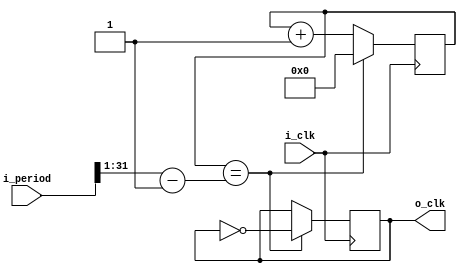
module frequency_convert(
	i_clk,
	i_period,
	o_clk,
);
input i_clk;
input [31:0] i_period;
output o_clk;

reg o_clk;
reg [31:0] count;
//
//always @ (posedge i_clk) begin
//	count <= count + 1;
//	if (count == ((i_period >> 1) - 1)) 
//		o_clk <= 1;
//	else if (count == i_period - 1) begin
//		o_clk <= 0;
//		count <= 0;
//	end
//
//end

always @ (posedge i_clk) begin
	count <= count + 1'b1;
	if (count == (i_period >> 1) - 1) begin
		o_clk <= ~o_clk;
		count <= 32'b0;
	end
end
endmodule